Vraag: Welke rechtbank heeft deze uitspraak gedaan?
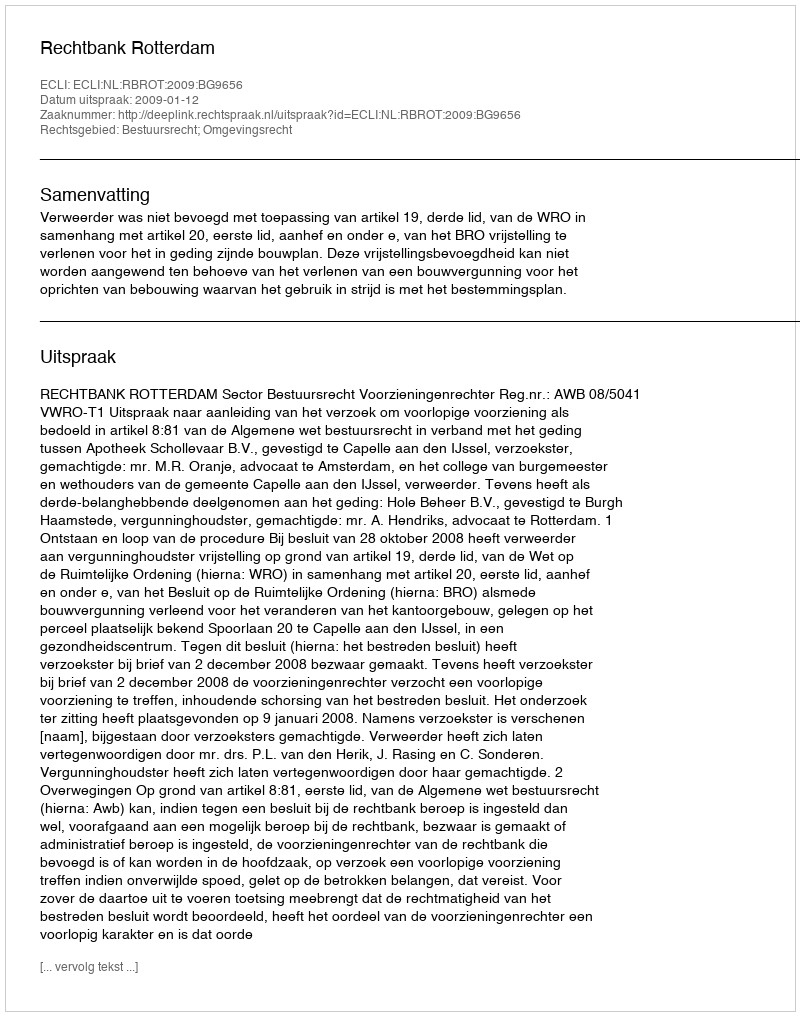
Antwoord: Rechtbank Rotterdam